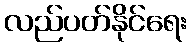
လည်ပတ်နိုင်ရေး